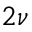
2 \nu